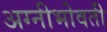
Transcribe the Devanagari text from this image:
अग्नीभोवती